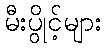
မီးပွိုင့်များ